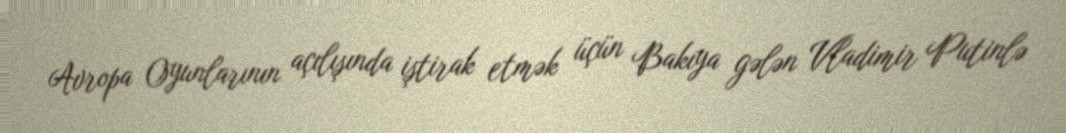
Avropa Oyunlarının açılışında iştirak etmək üçün Bakıya gələn Vladimir Putinlə